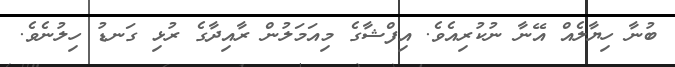
ބުނާ ހިޔާލެއް އޭނާ ނުކުރިއެވެ. އިފްޝާގެ މިއަމަލުން ރާއިދާގެ ރުޅި ގަނޑު ހިލުނެވެ.